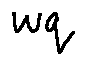
w q